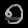
Digit: ၅